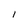
Character: I